Report on the Civil Veterinary Department, Eastern Bengal and Assam - 1907-1911
Year: 1907
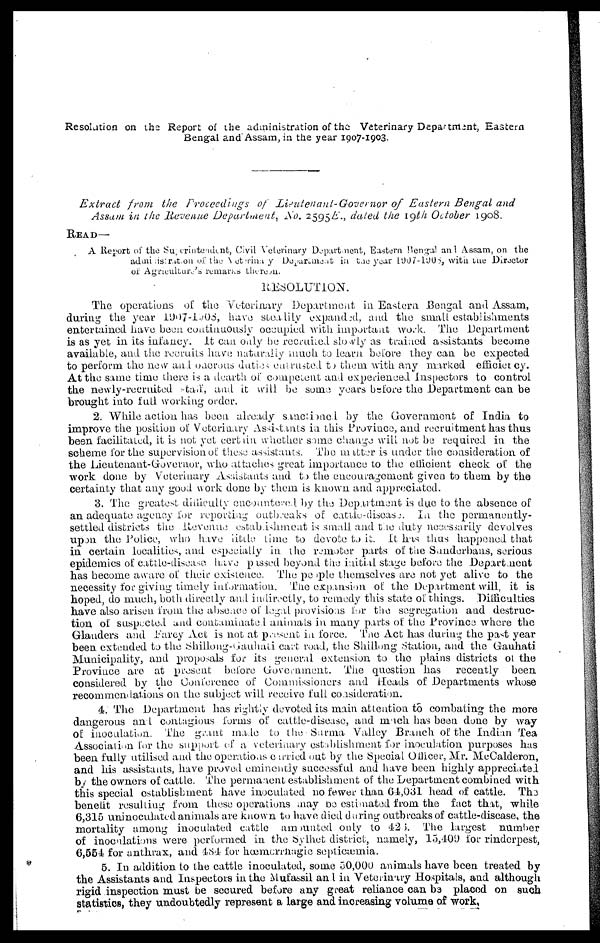
Resolution on the Report of the administration of the Veterinary Department, Eastern
Bengal and Assam, in the year 1907-1908.
Extract from the Proceedings of Lieutenant-Governor
of Eastern Bengal and
Assam in the Revenue Department, No. 2595E., dated the 19th October 1908.
READ—
A Report of the Superintendent,Civil Veterinary Department, Eastern Bengal and Assam, on the
adminisaration
of the Veterinary Department in the year l907-1905, with the Director
of Agriculture's remarks thereon.
RESOLUTION.
The operations of the Veterinary Department in Eastern .Bengal and Assam,
during the year 1907-1908, have steadily expanded, and the small establishments
entertained have been continuously occupied with important work. The Department
is as yet in its infancy. It can only be recruited slowly as trained assistants become
available, and the recruits have naturally much to learn before they can be expected
to perform the new and onerous duties entrusted to them with any marked effciency.
At the same time there is a dearth of competent and experienced Inspectors to control
the newly-recruited Staff, and it will be some years before the Department can be
brought into full working order.
2. While action has been already sanctioned by the Government of India to
improve the position of Veterinary Assistants in this Province, and recruitment has thus
been facilitated, it is not yet certain whether some change will not be required in the
scheme for the supervision of these assistants. The nutter is under the consideration of
the Lieutenant-Governor, who attaches great importance to the effcient check of the
work done by Veterinary Assistants and to the encouragement given to them by the
certainty that any good work done by them is known and appreciated.
3. The greatest difficulty encountered by the Department is due to the absence of
an adequate agency for reporting outbreaks of cattle-disease. In the permanently-
settled districts the Revenue estabishment is small and the duty necessarily devolves
upon the Police, who have little time to devote to it. It has thus happened that
in certain localities, and especially in the remoter parts of the Sanderbans, serious
epidemics of cattle-disease have passed beyond the initial stage before the Department
has become aware of their existence. The people themselves are not yet alive to the
necessity for giving timely information. The expansion of the Department will, it is
hoped, do much, both directly and indirectly, to remedy this state of things. Difficulties
have also arisen from the absence of legal provisions for the segregation and destruc-
tion of suspected and contaminated animals in many parts of the Province where the
Glanders and Earey Act is not at present in force. The Act has during the past year
been extended to the Shillong-Gauhati cart road, the Shilling .Station, and the Gauhati
Municipality, and proposals for its general extension to the plains districts of the
Province are at present before Government. The question has recently been
considered by the Conference of Commissioners and Heads of Departments whose
recommendations on the subject will receive full consideration.
4. The Department has rightly devoted its main attention to combating the more
dangerous and contagious forms of cattle-disease, and much has been done by way
of inoculation. The grant made to the Surma Valley Branch of the Indian Tea
Association for the support of a veterinary establishment for inoculation purposes has
been fully utilised and the operations carried out by the Special Officer, Mr. McCalderon,
and his assistants, have proved eminently successful and have been highly appreciated
by the owners of cattle. The permanent establishment of the Department combined with
this special establishment have inoculated no fewer than 64,031 head of cattle. The
benefit resulting from these operations may be estimated from the fact that, while
6,315 uninoculated animals are known to have died daring outbreaks of cattle-disease, the
mortality among inoculated cattle amounted only to 42 5. The largest number
of inoculations were performed in the Sylhet district, namely, 15,409 for rinderpest,
6,554 for anthrax, and 484 for hœmerrhagic septicæmia.
5. In addition to the cattle inoculated, some 50,000 animals have been treated by
the Assistants and Inspectors in the Mufassil and in Veterinary Hospitals, and although
rigid inspection must be secured before any great reliance can be placed on such
statistics, they undoubtedly represent a large and increasing volume of work,